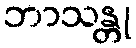
ဘာသန္တု